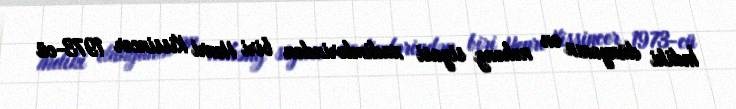
İndiki dünyanın ən nəhəng siyasi xadimlərindən biri Henri Kissincer 1973-cü